Annual report on the Civil Veterinary Department, Burma (including the Insein Veterinary School) - 1932-1941
Year: 1932
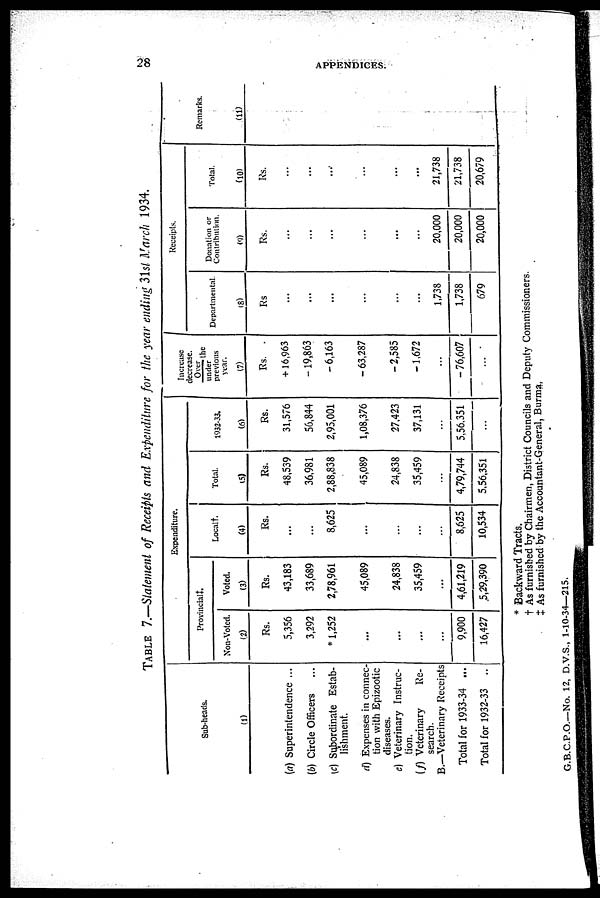
28
APPENDICES.
TABLE 7.—Statement of Receipts and Expenditure for the year ending 31st March 1934.
Sub-heads.
(1)
(a) Superintendence ...
(b) Circle Officers
...
(c) Subordinate Estab-
lishment.
d) Expenses in connec-
tion with Epizootic
diseases.
e) Veterinary Instruc-
tion.
(f) Veterinary
Re-
search.
B.—Veterinary Receipts
Total for 1933-34 ...
Total for 1932-33 ..
Expenditure.
Provincial‡.
Non-Voted.
(2)
Rs.
5,356
3,292
* 1,252
...
...
...
...
9,900
16,427
Voted.
(3)
Rs.
43,183
33,689
2,78,961
45,089
24,838
35,459
...
4,61,219
5,29,390
Local†.
(4)
Rs.
...
...
8,625
...
...
...
...
8,625
10,534
Total.
(5)
Rs.
48,539
36,981
2,88,838
45,089
24,838
35,459
...
4,79,744
5,56,351
1932-33.
(6)
Rs.
31,576
56,844
2,95,001
1,08,376
27,423
37,131
...
5,56,351
...
Increase
decrease.
Over
the
under
previous
year.
(7)
Rs.
+ 16,963
-19,863
-6,163
- 63,287
- 2,585
-1,672
...
- 76,607
...
Receipts.
Departmental.
(8)
Rs
...
...
...
...
...
...
1,738
1,738
679
Donation or
Contribution.
(9)
Rs.
...
...
...
...
...
...
20,000
20,000
20,000
Total.
(10)
Rs.
...
...
...
...
...
...
21,738
21,738
20,679
Remarks.
(11)
* Backward Tracts.
† As furnished by Chairmen, District Councils and Deputy Commissioners.
‡ As furnished by the Accountant-General, Burma,
G.B.C.P.O.—No. 12, D.V.S., 1-10-34—215.